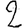
Digit: 2